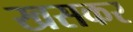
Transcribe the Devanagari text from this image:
खसकर